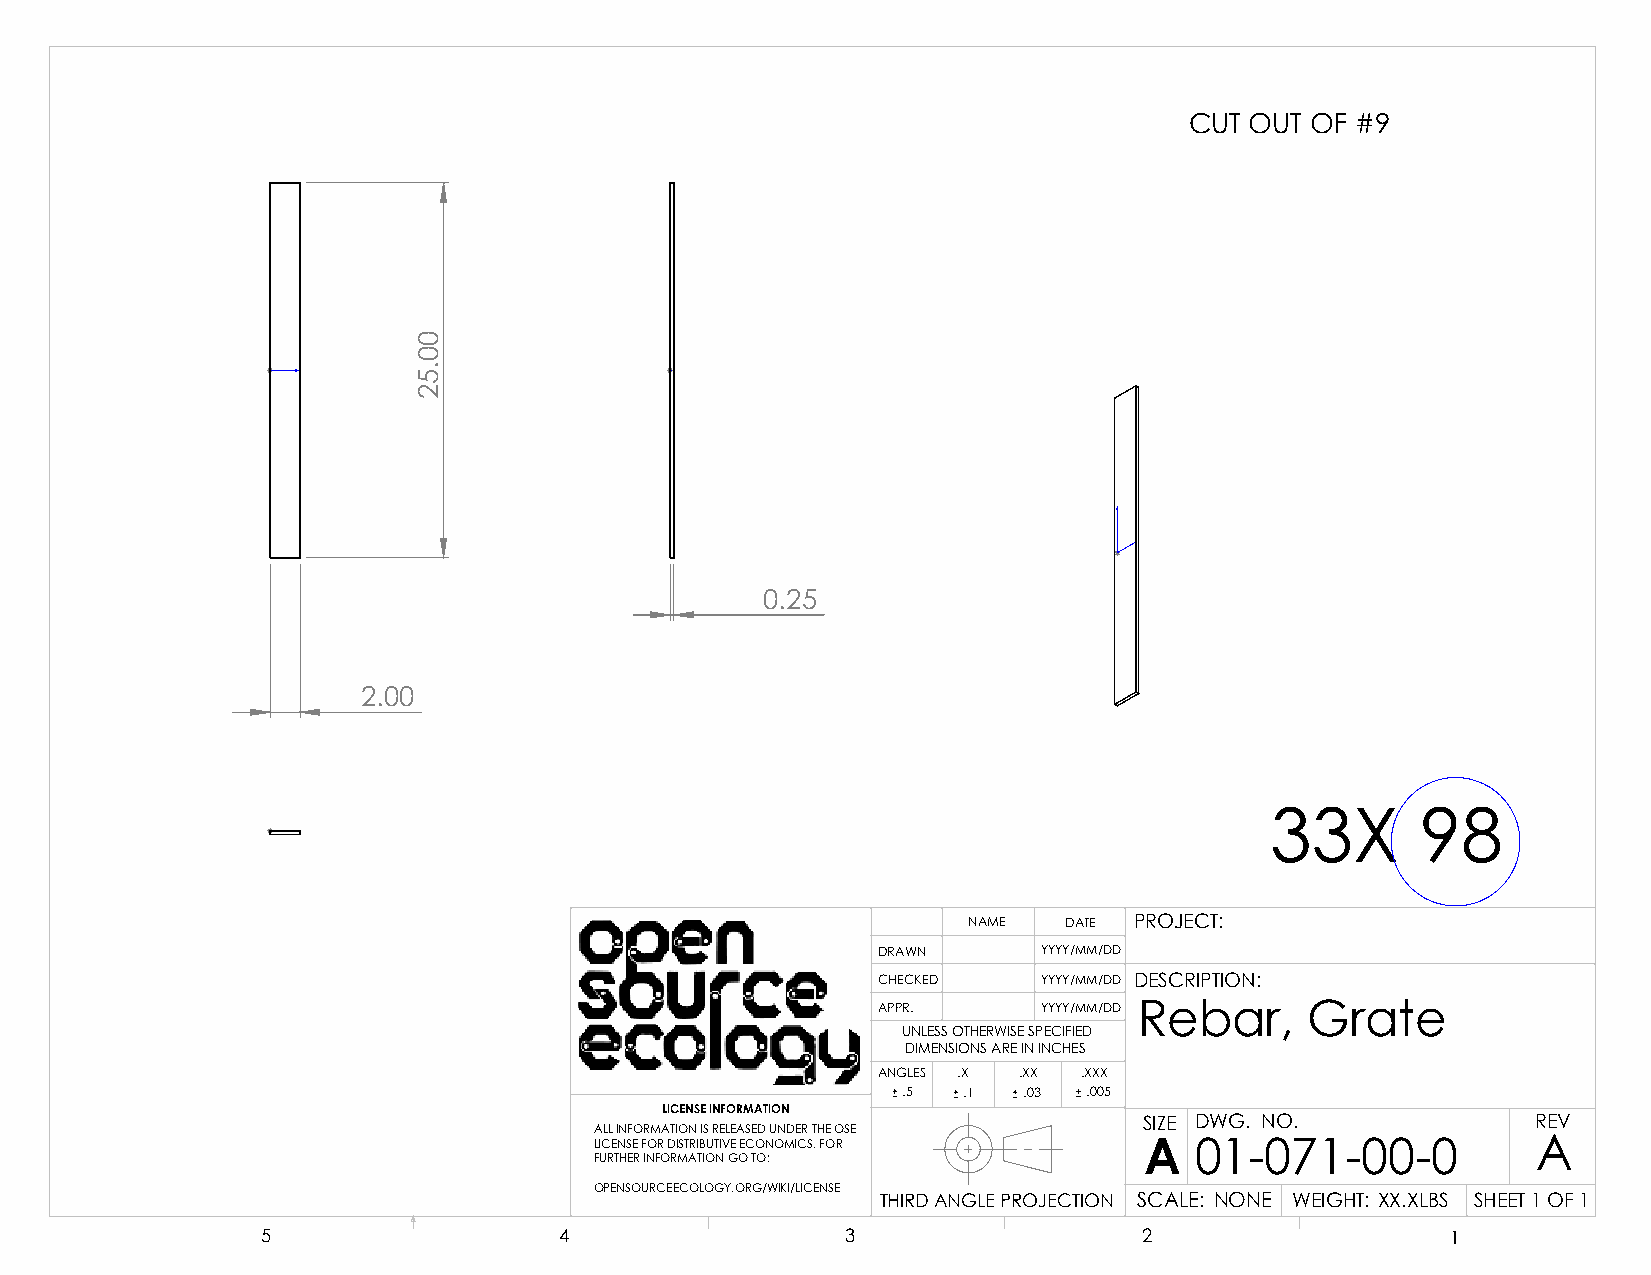
CUT OUT OF #9
 0.25
 2.00
 33X       98
 NAME  DATE PROJECT:
 DRAWN      YYYY/MM/DD
 CHECKED    YYYY/MM/DD DESCRIPTION:
 APPR.      YYYY/MM/DD Rebar, Grate
 UNLESS OTHERWISE SPECIFIED
 DIMENSIONS ARE IN INCHES
 ANGLES .X .XX .XXX
 .5  .1  .03 .005
 LICENSE INFORMATION
 SIZE DWG. NO.             REV
 ALL INFORMATION IS RELEASED UNDER THE OSE
 LICENSE FOR DISTRIBUTIVE ECONOMICS. FOR A 01-071-00-0          A
 FURTHER INFORMATION GO TO:
 OPENSOURCEECOLOGY.ORG/WIKI/LICENSE
 THIRD ANGLE PROJECTION SCALE: NONE WEIGHT: XX.XLBS SHEET 1 OF 1
 5                   4                  3                   2                   1
 00.52